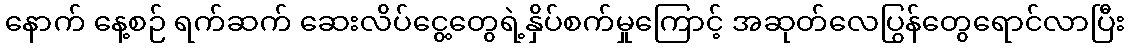
နောက် နေ့စဉ် ရက်ဆက် ဆေးလိပ်ငွေ့တွေရဲ့နှိပ်စက်မှုကြောင့် အဆုတ်လေပြွန်တွေရောင်လာပြီး